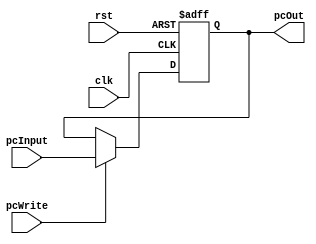
`timescale 1ns/1ns

module PC(input[31:0] pcInput, input pcWrite, clk, rst, output reg[31:0] pcOut);
    always @(posedge clk, posedge rst) begin
        if(rst)
            pcOut <= 32'b0;
        else if(pcWrite)
            pcOut <= pcInput;
        else
            pcOut <= pcOut;
    end
endmodule